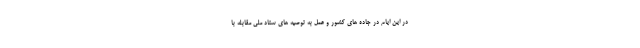
در این ایام در جاده های کشور و عمل به توصیه های ستاد ملی مقابله با